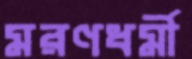
মরণধর্মী